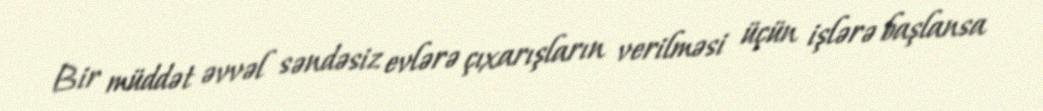
Bir müddət əvvəl səndəsiz evlərə çıxarışların verilməsi üçün işlərə başlansa